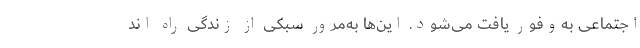
اجتماعی به‌وفور یافت می‌شود. این‌ها به‌مرور سبکی از زندگی راه اند